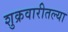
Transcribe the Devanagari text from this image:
शुक्रवारीतल्या